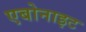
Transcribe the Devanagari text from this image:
एबोनाइट